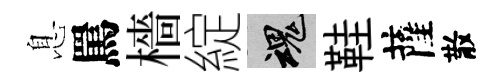
息罵檣綻魂鞋薩散